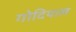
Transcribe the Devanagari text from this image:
गोदियाल